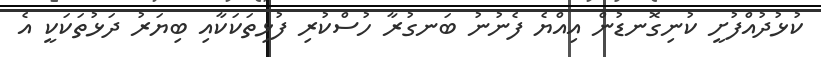
ކުޅުދުއްފުށީ ކުނިގޮނޑުން އިއްޔެ ފެނުނު ބަނގުރާ ހުސްކުރި ފުޅިތަކަކާއި ބިޔަރު ދަޅުތަކަކީ އެ